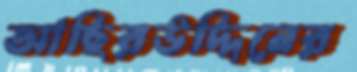
আছিরউদ্দিনের